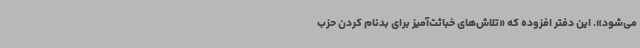
می‌شود». این دفتر افزوده که «تلاش‌های خباثت‌آمیز برای بدنام کردن حزب